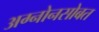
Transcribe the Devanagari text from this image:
अग्नोनसोबत